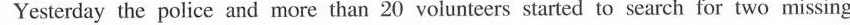
Yesterday the police and more than 20 volunteers started to search for two missing